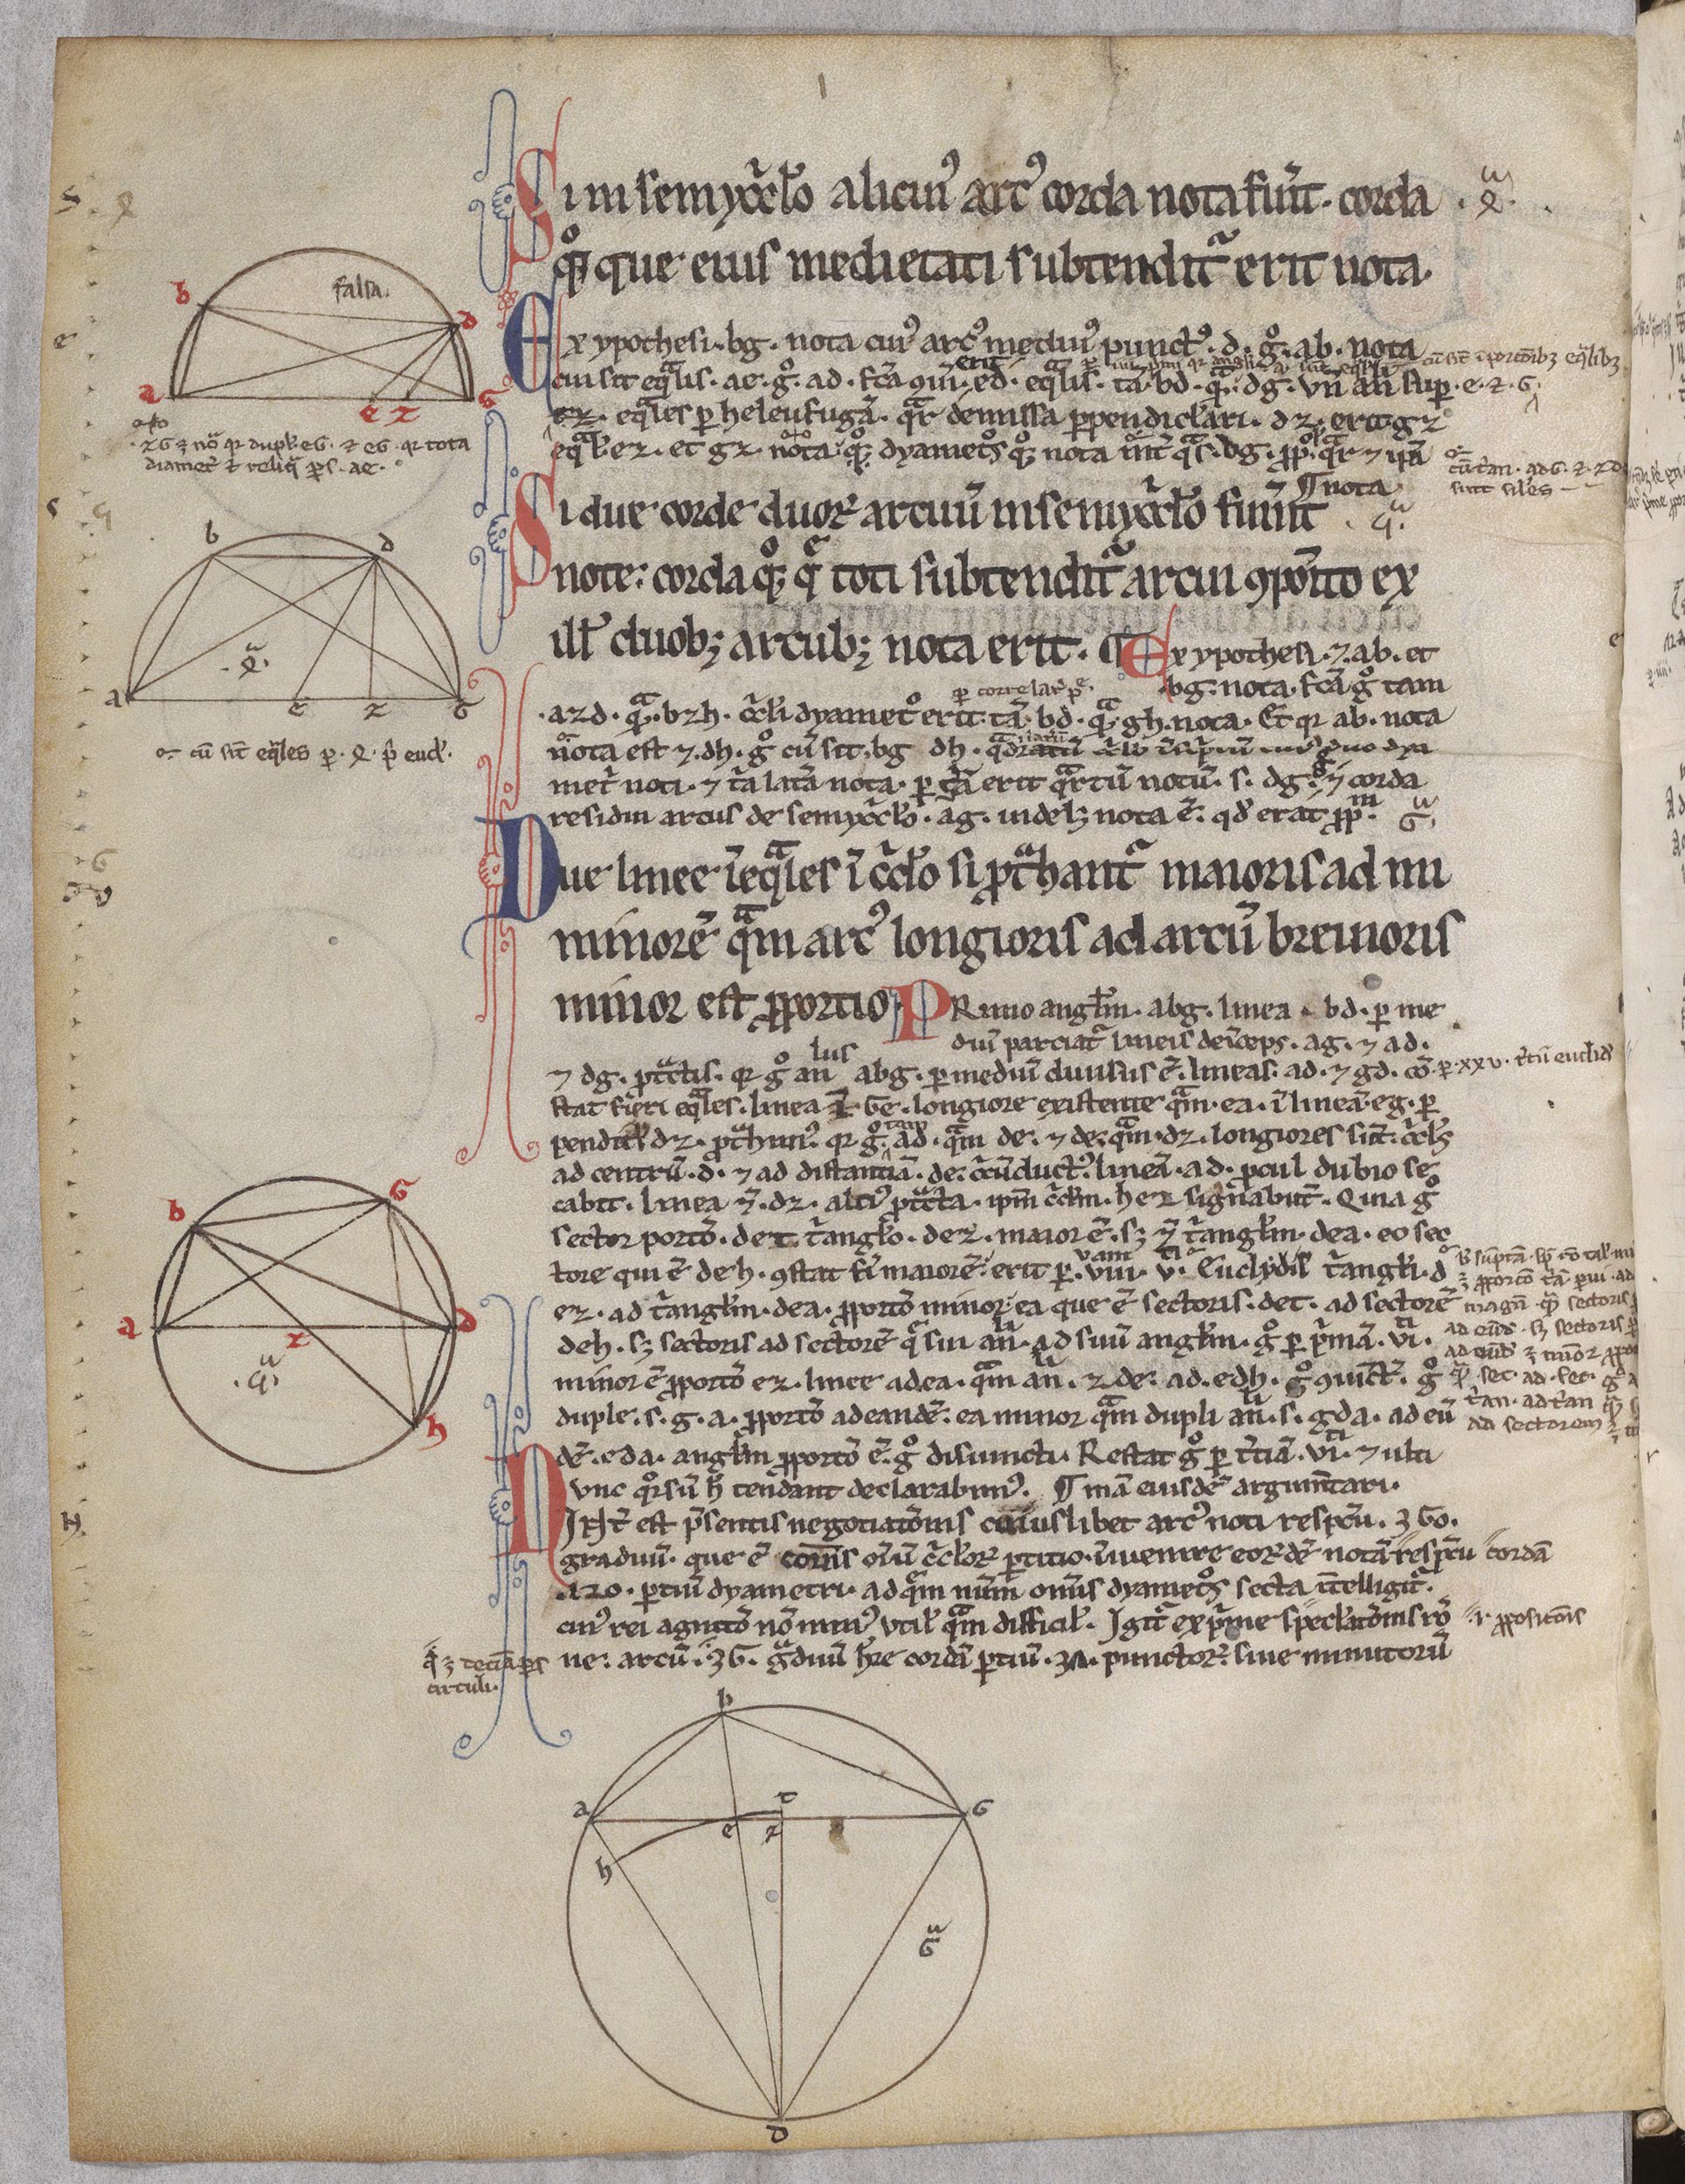
Shelfmark: Paris, BnF, lat. 16657
Century: 13